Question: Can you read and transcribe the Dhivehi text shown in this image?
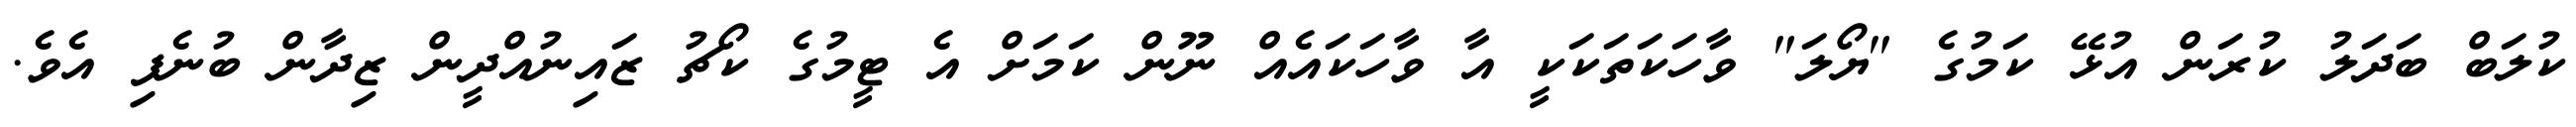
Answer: ކުލަބް ބަދަލު ކުރަން އުޅޭ ކަމުގެ "ޔޯލަ" ވާހަކަތަކަކީ އާ ވާހަކައެއް ނޫން ކަމަށް އެ ޓީމުގެ ކޯޗު ޒައިނުއްދީން ޒިދާން ބުނެފި އެވެ.